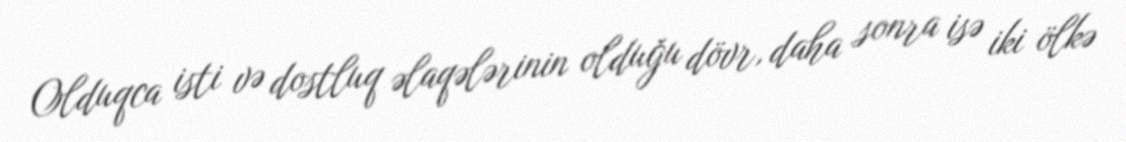
Olduqca isti və dostluq əlaqələrinin olduğu dövr, daha sonra isə iki ölkə